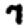
Digit: 7